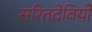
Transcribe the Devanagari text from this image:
सरितदेवियों